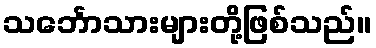
သင်္ဘောသားများတို့ဖြစ်သည်။